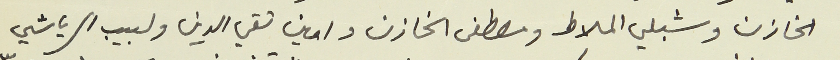
الخازن وشبلي الملاط ومصطفى الخازن وامين تقي الدين ولبيب الرياشي